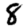
Digit: 8